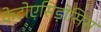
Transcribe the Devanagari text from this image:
केटोएसिड़ोसिस